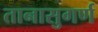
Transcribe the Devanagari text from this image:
तानासुगर्ण